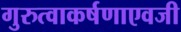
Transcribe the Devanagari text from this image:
गुरुत्वाकर्षणाएवजी